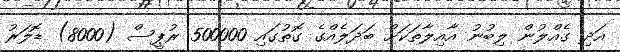
އަދި ގެއްލުން ލިބުނު އާއިލާތަކަށް ބަދަލެއްގެ ގޮތުގައި 500000 ރުޕީސް (8000) ޑޮލަރު